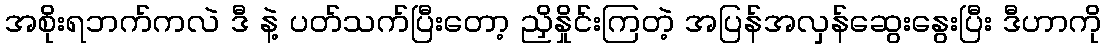
အစိုးရဘက်ကလဲ ဒီ နဲ့ ပတ်သက်ပြီးတော့ ညှိနှိုင်းကြတဲ့ အပြန်အလှန်ဆွေးနွေးပြီး ဒီဟာကို